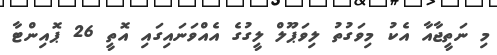
މި ނަތީޖާއާ އެކު މިވަގުތު ލިވަޕޫލް ލީގުގެ އެއްވަނައިގައި އޮތީ 26 ޕޮއިންޓާ